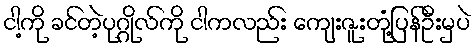
ငါ့ကို ခင်တဲ့ပုဂ္ဂိုလ်ကို ငါကလည်း ကျေးဇူးတုံ့ပြန်ဦးမှပဲ